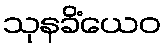
သုနခိံယေဝ